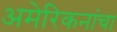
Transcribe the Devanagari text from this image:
अमेरिकनांचा